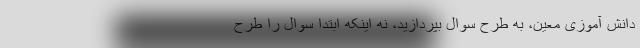
دانش آموزی معین، به طرح سوال بپردازید، نه اینکه ابتدا سوال را طرح